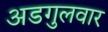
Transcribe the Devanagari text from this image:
अडगुलवार